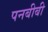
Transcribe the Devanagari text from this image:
पनबीबी